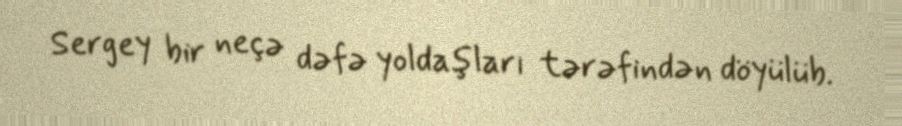
Sergey bir neçə dəfə yoldaşları tərəfindən döyülüb.